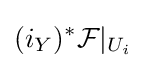
(i_{Y})^{\ast }{\mathcal {F}}|_{U_{i}}